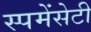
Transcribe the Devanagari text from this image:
स्पमेंसेटी